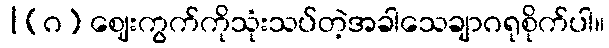
|(ဂ) ဈေးကွက်ကိုသုံးသပ်တဲ့အခါသေချာဂရုစိုက်ပါ။